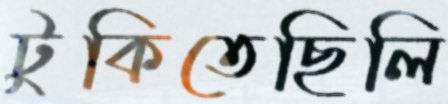
টুকিতেছিলি